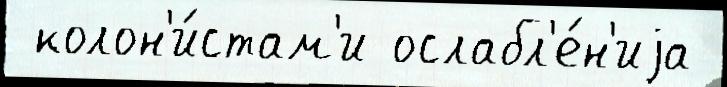
 колон'и́стам'и ослабл'е́н'иjа